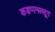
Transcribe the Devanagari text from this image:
कडप्पनल्लूर